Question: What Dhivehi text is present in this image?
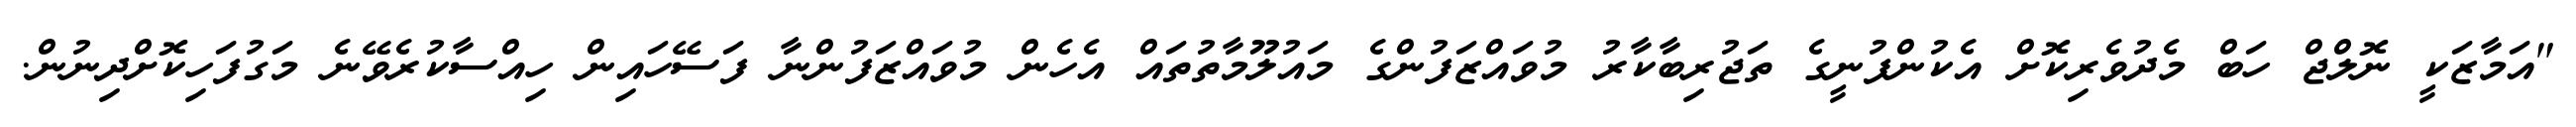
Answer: "އަމާޒަކީ ނޮލްޖް ހަބް މެދުވެރިކޮށް އެކުންފުނީގެ ތަޖުރިބާކާރު މުވައްޒަފުންގެ މައުލޫމާތުތައް އެހެން މުވައްޒަފުންނާ ފަސޭހައިން ހިއްސާކުރެވޭނެ މަގުފަހިކޮށްދިނުން.